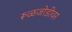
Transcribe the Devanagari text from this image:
रूळजोडीवर